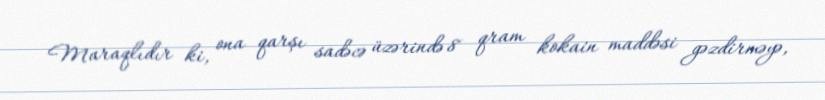
Maraqlıdır ki, ona qarşı sadəcə üzərində 8 qram kokain maddəsi gəzdirməyə,